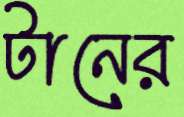
টানের